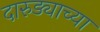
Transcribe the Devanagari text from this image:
दारुड्याच्या